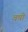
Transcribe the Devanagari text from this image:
वषी